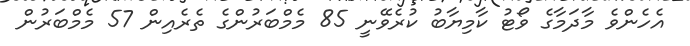
އެހެންވެ މާދަމާގެ ވޯޓު ކާމިޔާބު ކުރެވޭނީ 85 މެމްބަރުންގެ ތެރެއިން 57 މެމްބަރުން